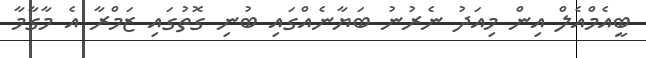
ބީއެމްއެލް އިން މިއަދު ނެރުނު ބަޔާނެއްގައި ބުނި ގޮތުގައި ޒަމްރާ އެ މާގާމާ